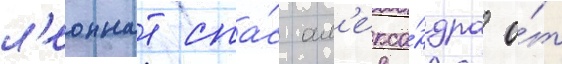
л'еоннат спа́с ал'екса́ндра о́т